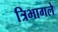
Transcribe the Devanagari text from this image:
त्रिभागले